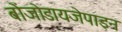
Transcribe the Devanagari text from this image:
बोंजोडायजेपाइन